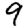
Digit: 9